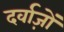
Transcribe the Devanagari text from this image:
दर्वाज़ों